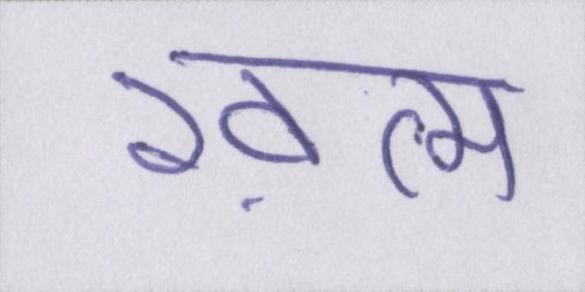
ख़त्म